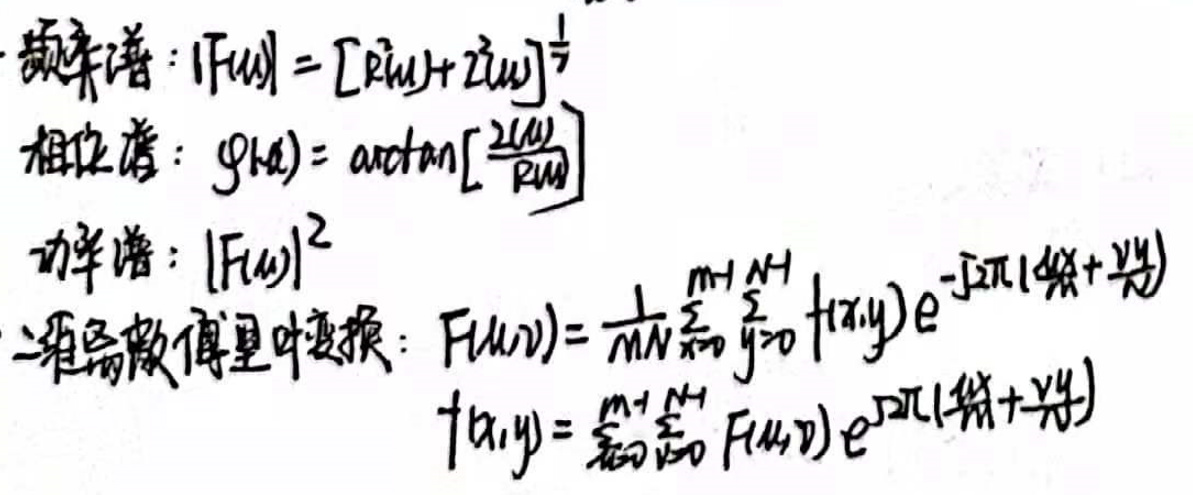

幅度谱：\( |F(u)| = [R^2(u) + I^2(u)]^{\frac{1}{2}}\\\)
相位谱：\( g(u) = \arctan\left[\frac{I(u)}{R(u)}\right]\\\)
功率谱：\( |F(u)|^2\\\)
二维离散傅里叶变换：\( F(u,v)=\frac{1}{MN}\sum_{x = 0}^{M - 1}\sum_{y = 0}^{N - 1}f(x,y)e^{-j2\pi(\frac{ux}{M}+\frac{vy}{N})}\\\)
\(f(x,y)=\sum_{u = 0}^{M - 1}\sum_{v = 0}^{N - 1}F(u,v)e^{j2\pi(\frac{ux}{M}+\frac{vy}{N})}\)